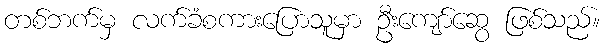
တစ်ဘက်မှ လက်ခံစကားပြောသူမှာ ဦးကျော်ဆွေ ဖြစ်သည်။